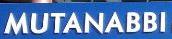
mutanabbi